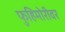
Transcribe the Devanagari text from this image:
फुहिमोरीवर